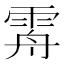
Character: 𩂤